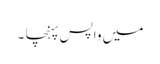
میں واپس پہنچا ۔